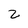
Character: z